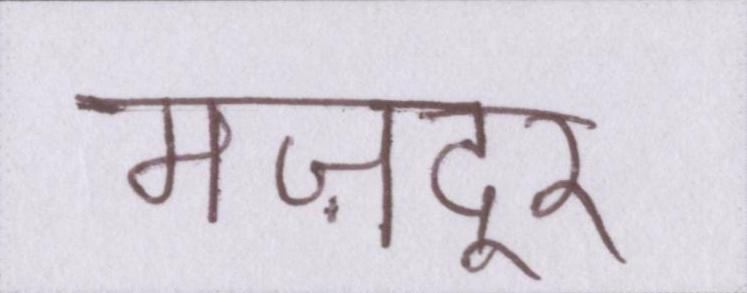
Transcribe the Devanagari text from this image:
मज़दूर